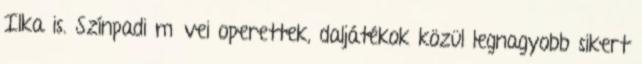
Ilka is. Színpadi művei operettek, daljátékok közül legnagyobb sikert